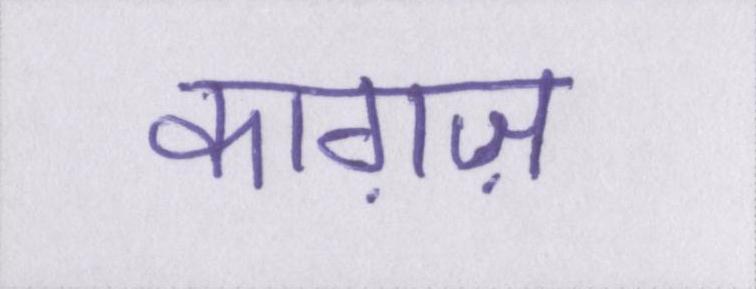
काग़ज़